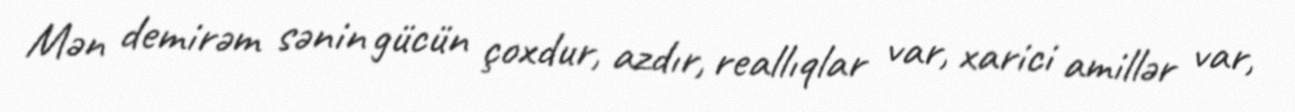
Mən demirəm sənin gücün çoxdur, azdır, reallıqlar var, xarici amillər var,